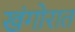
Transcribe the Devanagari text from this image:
खंगोरात